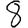
Digit: 8